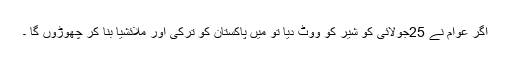
اگر عوام نے 25جولائی کو شیر کو ووٹ دیا تو میں پاکستان کو ترکی اور ملائشیا بنا کر چھوڑوں گا ۔